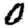
Digit: 0